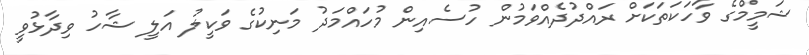
ޝަމީމްގެ ވާހަކަތަކަށް ރައްދުދެއްވަމުން ހުސެއިން މުހައްމަދު މަނިކުގެ ވަކީލު އަލީ ޝާހު ވިދާޅުވީ